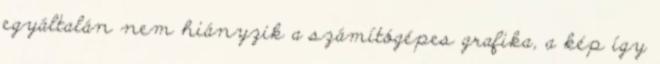
egyáltalán nem hiányzik a számítógépes grafika, a kép így